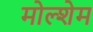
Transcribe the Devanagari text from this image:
मोल्शेम